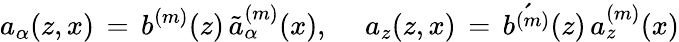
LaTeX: a_{\alpha}(z,x)\, =\, b^{(m)}(z)\, \tilde{a}_{\alpha}^{(m)}(x),~~~~~a_{z}(z,x)\, =\, \acute{b^{(m)}}(z)\, a_{z}^{(m)}(x)